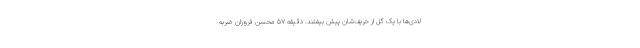
لادی‌ها با یک گل از حریف‌شان پیش بیفتند. دقیقه ۵۷ محسن فروزان ضربه